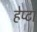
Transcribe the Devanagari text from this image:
हेप्टा